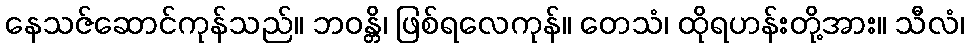
နေသဇ်ဆောင်ကုန်သည်။ ဘဝန္တိ၊ ဖြစ်ရလေကုန်။ တေသံ၊ ထိုရဟန်းတို့အား။ သီလံ၊